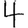
Digit: 4